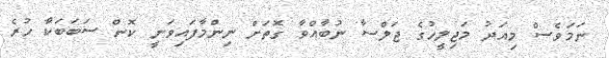
ނަމަވެސް މިއަދު މަޖިލީހުގެ ޖަލްސާ ނުބާއްވާ ގޮތަށް ނިންމާފައިވަނީ ކޮން ސަބަބަކާ ހުރެ